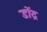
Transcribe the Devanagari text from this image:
डोंद्र